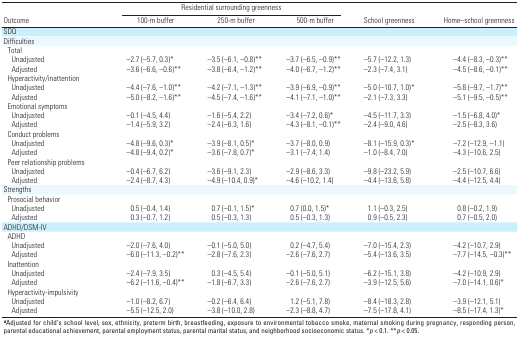
<table><thead><tr><td rowspan="2"><b>Outcome</b></td><td colspan="3"><b>Residential surrounding greenness</b></td><td rowspan="2"><b>School greenness</b></td><td rowspan="2"><b>Home–school greenness</b></td></tr><tr><td><b>100-m buffer</b></td><td><b>250-m buffer</b></td><td><b>500-m buffer</b></td></tr></thead><tbody><tr><td><b>SDQ</b></td></tr><tr><td><b>Difficulties</b></td></tr><tr><td><b>Total</b></td></tr><tr><td><b>Unadjusted</b></td><td>–2.7 (–5.7, 0.3)*</td><td>–3.5 (–6.1, –0.8)**</td><td>–3.7 (–6.5, –0.9)**</td><td>–5.7 (–12.2, 1.3)</td><td>–4.4 (–8.3, –0.3)**</td></tr><tr><td><b>Adjusted</b></td><td>–3.6 (–6.6, –0.6)**</td><td>–3.8 (–6.4, –1.2)**</td><td>–4.0 (–6.7, –1.2)**</td><td>–2.3 (–7.4, 3.1)</td><td>–4.5 (–8.6, –0.1)**</td></tr><tr><td><b>Hyperactivity/inattention</b></td></tr><tr><td><b>Unadjusted</b></td><td>–4.4 (–7.6, –1.0)**</td><td>–4.2 (–7.1, –1.3)**</td><td>–3.9 (–6.9, –0.9)**</td><td>–5.0 (–10.7, 1.0)*</td><td>–5.8 (–9.7, –1.7)**</td></tr><tr><td><b>Adjusted</b></td><td>–5.0 (–8.2, –1.6)**</td><td>–4.5 (–7.4, –1.6)**</td><td>–4.1 (–7.1, –1.0)**</td><td>–2.1 (–7.3, 3.3)</td><td>–5.1 (–9.5, –0.5)**</td></tr><tr><td><b>Emotional symptoms</b></td></tr><tr><td><b>Unadjusted</b></td><td>–0.1 (–4.5, 4.4)</td><td>–1.6 (–5.4, 2.2)</td><td>–3.4 (–7.2, 0.6)*</td><td>–4.5 (–11.7, 3.3)</td><td>–1.5 (–6.8, 4.0)*</td></tr><tr><td><b>Adjusted</b></td><td>–1.4 (–5.9, 3.2)</td><td>–2.4 (–6.3, 1.6)</td><td>–4.3 (–8.1, –0.1)**</td><td>–2.4 (–9.0, 4.6)</td><td>–2.5 (–8.3, 3.6)</td></tr><tr><td><b>Conduct problems</b></td></tr><tr><td><b>Unadjusted</b></td><td>–4.8 (–9.6, 0.3)*</td><td>–3.9 (–8.1, 0.5)*</td><td>–3.7 (–8.0, 0.9)</td><td>–8.1 (–15.9, 0.3)*</td><td>–7.2 (–12.9, –1.1)</td></tr><tr><td><b>Adjusted</b></td><td>–4.8 (–9.4, 0.2)*</td><td>–3.6 (–7.8, 0.7)*</td><td>–3.1 (–7.4, 1.4)</td><td>–1.0 (–8.4, 7.0)</td><td>–4.3 (–10.6, 2.5)</td></tr><tr><td><b>Peer relationship problems</b></td></tr><tr><td><b>Unadjusted</b></td><td>–0.4 (–6.7, 6.2)</td><td>–3.6 (–9.1, 2.3)</td><td>–2.9 (–8.6, 3.3)</td><td>–9.8 (–23.2, 5.9)</td><td>–2.5 (–10.7, 6.6)</td></tr><tr><td><b>Adjusted</b></td><td>–2.4 (–8.7, 4.3)</td><td>–4.9 (–10.4, 0.9)*</td><td>–4.6 (–10.2, 1.4)</td><td>–4.4 (–13.6, 5.8)</td><td>–4.4 (–12.5, 4.4)</td></tr><tr><td><b>Strengths</b></td></tr><tr><td><b>Prosocial behavior</b></td></tr><tr><td><b>Unadjusted</b></td><td>0.5 (–0.4, 1.4)</td><td>0.7 (–0.1, 1.5)*</td><td>0.7 (0.0, 1.5)*</td><td>1.1 (–0.3, 2.5)</td><td>0.8 (–0.2, 1.9)</td></tr><tr><td><b>Adjusted</b></td><td>0.3 (–0.7, 1.2)</td><td>0.5 (–0.3, 1.3)</td><td>0.5 (–0.3, 1.3)</td><td>0.9 (–0.5, 2.3)</td><td>0.7 (–0.5, 2.0)</td></tr><tr><td><b>ADHD/DSM-IV</b></td></tr><tr><td><b>ADHD</b></td></tr><tr><td><b>Unadjusted</b></td><td>–2.0 (–7.6, 4.0)</td><td>–0.1 (–5.0, 5.0)</td><td>0.2 (–4.7, 5.4)</td><td>–7.0 (–15.4, 2.3)</td><td>–4.2 (–10.7, 2.9)</td></tr><tr><td><b>Adjusted</b></td><td>–6.0 (–11.3, –0.2)**</td><td>–2.8 (–7.6, 2.3)</td><td>–2.6 (–7.6, 2.7)</td><td>–5.4 (–13.6, 3.5)</td><td>–7.7 (–14.5, –0.3)**</td></tr><tr><td><b>Inattention</b></td></tr><tr><td><b>Unadjusted</b></td><td>–2.4 (–7.9, 3.5)</td><td>0.3 (–4.5, 5.4)</td><td>–0.1 (–5.0, 5.1)</td><td>–6.2 (–15.1, 3.8)</td><td>–4.2 (–10.9, 2.9)</td></tr><tr><td><b>Adjusted</b></td><td>–6.2 (–11.6, –0.4)**</td><td>–1.8 (–6.7, 3.3)</td><td>–2.6 (–7.6, 2.7)</td><td>–3.9 (–12.5, 5.6)</td><td>–7.0 (–14.1, 0.6)*</td></tr><tr><td><b>Hyperactivity-impulsivity</b></td></tr><tr><td><b>Unadjusted</b></td><td>–1.0 (–8.2, 6.7)</td><td>–0.2 (–6.4, 6.4)</td><td>1.2 (–5.1, 7.8)</td><td>–8.4 (–18.3, 2.8)</td><td>–3.9 (–12.1, 5.1)</td></tr><tr><td><b>Adjusted</b></td><td>–5.5 (–12.5, 2.0)</td><td>–3.8 (–10.0, 2.8)</td><td>–2.3 (–8.8, 4.7)</td><td>–7.5 (–17.8, 4.1)</td><td>–8.5 (–17.4, 1.3)*</td></tr><tr><td colspan="6"><sup><i><b>a</b></i></sup>Adjusted for child’s school level, sex, ethnicity, preterm birth, breastfeeding, exposure to environmental tobacco smoke, maternal smoking during pregnancy, responding person, parental educational achievement, parental employment status, parental marital status, and neighborhood socioeconomic status. *<i>p</i> &lt; 0.1. **<i>p</i> &lt; 0.05.</td></tr></tbody></table>